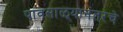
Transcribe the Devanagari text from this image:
पावसाळ्यानंतरचे